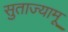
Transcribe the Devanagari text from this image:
सुताज्यामू